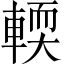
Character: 輭